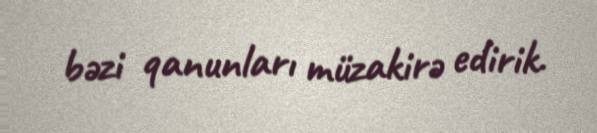
bəzi qanunları müzakirə edirik.